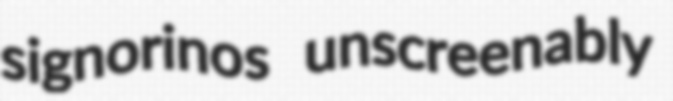
signorinos unscreenably